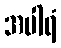
အပါရံ